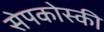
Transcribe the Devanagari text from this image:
सेपकोस्की